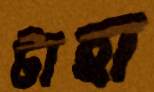
টাহা